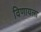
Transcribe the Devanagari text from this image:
विणायला